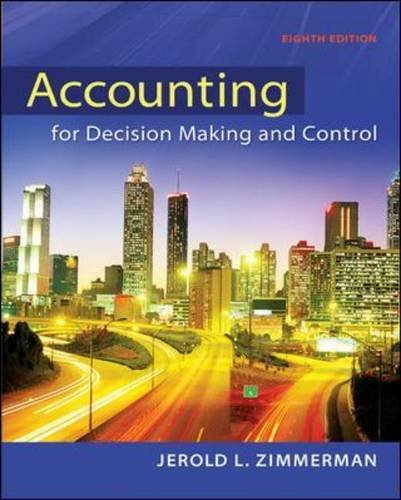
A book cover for Accounting for Decision Making and Control; Jerold Zimmerman; Business & Money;